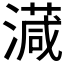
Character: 𣿎